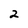
Character: 2